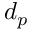
d _ { p }